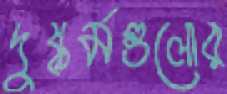
দুষ্কর্মগুলোর